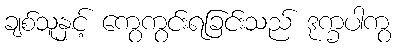
ချစ်သူနှင့် ကွေကွင်းရခြင်းသည် ဒုက္ခပါကွ